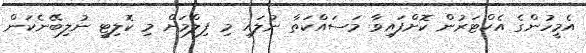
އެމީހުންގެ އެކްޓަރުން ކޮށްފައިވާ މަސައްކަތާ ނުލައި މި ފިލްމަށް މި ކޮލިޓީ ނުލިބޭނެކަން